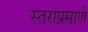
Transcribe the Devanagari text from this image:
स्तरांप्रमाणे